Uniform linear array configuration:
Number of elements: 48
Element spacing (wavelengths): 1
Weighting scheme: kaiser
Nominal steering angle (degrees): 45
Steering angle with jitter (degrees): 45.411
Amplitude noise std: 0.05
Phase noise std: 0.05

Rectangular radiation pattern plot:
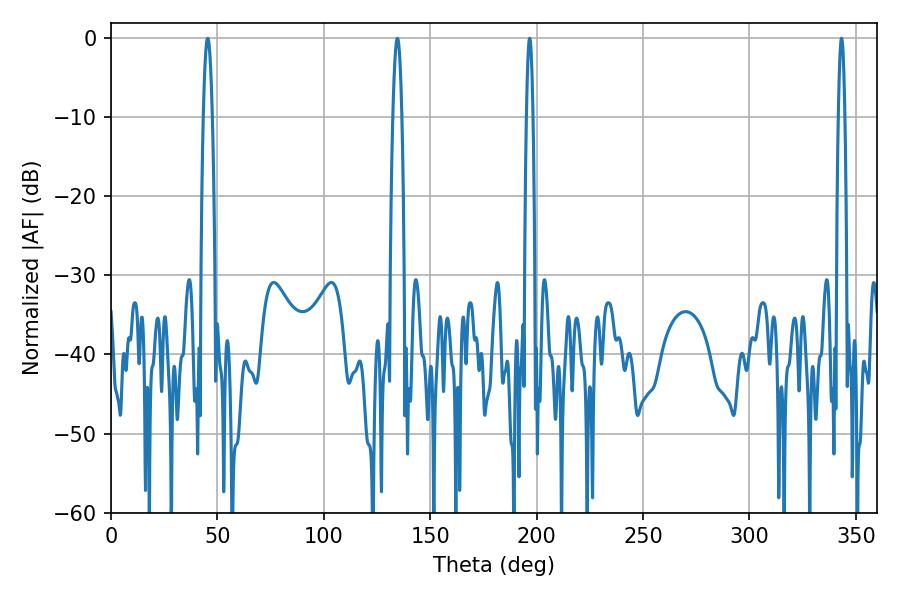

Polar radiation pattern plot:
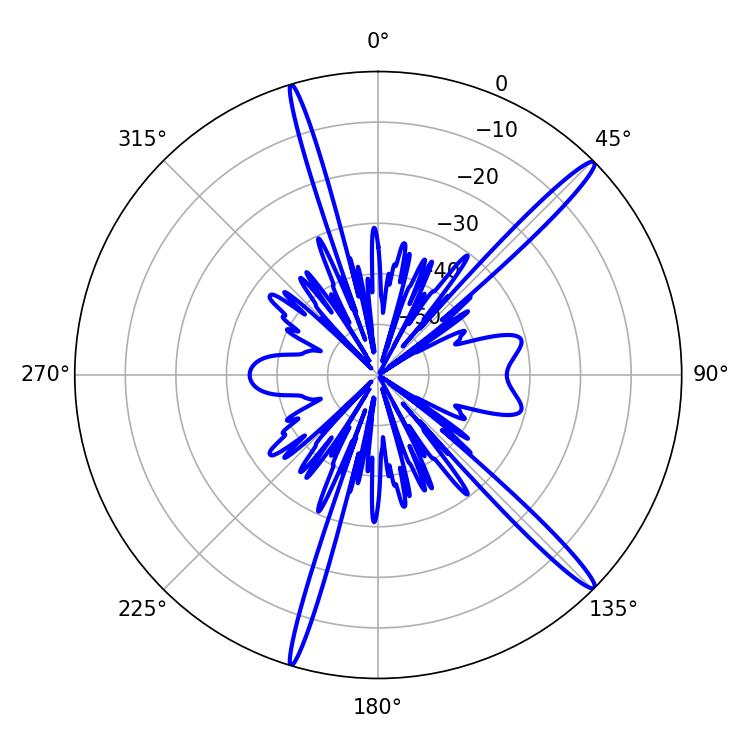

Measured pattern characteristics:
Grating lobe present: TRUE
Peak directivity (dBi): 16.502
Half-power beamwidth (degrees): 1.62
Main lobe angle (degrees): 196.74